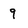
Character: 9